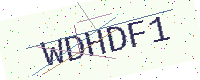
Text: WDHDF1